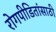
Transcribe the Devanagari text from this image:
रोगपीडितांसाठी